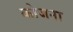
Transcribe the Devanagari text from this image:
कोजना